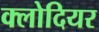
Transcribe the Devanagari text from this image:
क्लोदियर